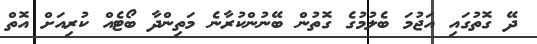
ދޭ ގޮތުގައި އަޖުމަ ބެލުމުގެ ގޮތުން ބޭނުންކުރާނެ މަތިންދާ ބޯޓެއް ކުރިއަށް އޮތް